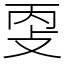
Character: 㪅